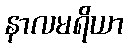
နာလမရိယာ